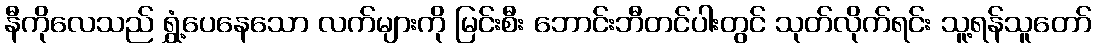
နီကိုလေသည် ရွှံ့ပေနေသော လက်များကို မြင်းစီး ဘောင်းဘီတင်ပါးတွင် သုတ်လိုက်ရင်း သူ့ရန်သူတော်